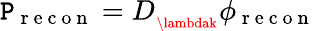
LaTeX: \mathtt{P}_{\mathrm{{~r~e~c~o~n~}}}=D_{_{\lambdak}}\phi_{\mathrm{{~r~e~c~o~n~}}}